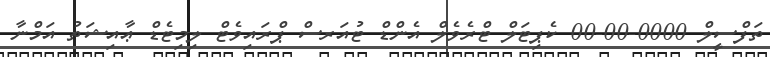
ތަފްސީލް 0000-00-00 ކެޕިޓަލް ޓްރެވެލް އެންޑް ޓުއަރސް ޕްރައިވެޓް ލިމިޓެޑް ޢާއިޝަތު އަމްނާ